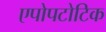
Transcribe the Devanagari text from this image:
एपोपटोटिक